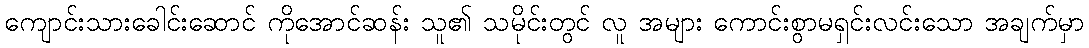
ကျောင်းသားခေါင်းဆောင် ကိုအောင်ဆန်း သူ၏ သမိုင်းတွင် လူ အများ ကောင်းစွာမရှင်းလင်းသော အချက်မှာ